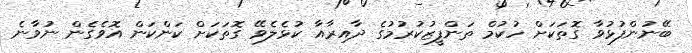
ބޭނުންފުޅުވާ ގޮތަކަށް ހުކުމް ތަންފީޒުކުރުމުގެ ދާއިރާއާ ކުޅެލެވޭ ގޮތަކަށް ކަންކަން އޮވެގެން ނުވާނެ